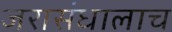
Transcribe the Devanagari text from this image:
जरासंधालाच